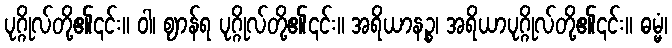
ပုဂ္ဂိုလ်တို့၏၎င်း။ ဝါ၊ ဈာန်ရ ပုဂ္ဂိုလ်တို့၏၎င်း။ အရိယာနဉ္စ၊ အရိယာပုဂ္ဂိုလ်တို့၏၎င်း။ ဓမ္မံ၊